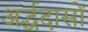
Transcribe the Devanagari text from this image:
अर्द्धदासों